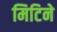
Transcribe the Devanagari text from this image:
मिटिने